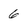
Character: 6